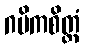
ဂမိကစိတ္တံ